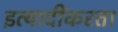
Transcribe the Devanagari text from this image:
इत्यादींकरता